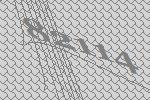
82114